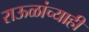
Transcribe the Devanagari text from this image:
राऊळांच्याही